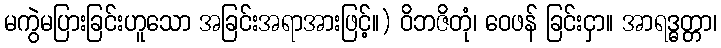
မကွဲမပြားခြင်းဟူသော အခြင်းအရာအားဖြင့်။) ဝိဘဇိတုံ၊ ဝေဖန် ခြင်းငှာ။ အာရဒ္ဓတ္တာ၊